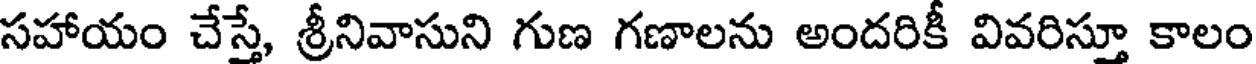
సహాయం చేస్తే, శ్రీనివాసుని గుణ గణాలను అందరికీ వివరిస్తూ కాలం